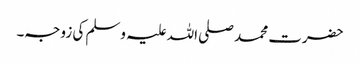
حضرت محمد صلی اللہ علیہ وسلم کی زوجہ۔